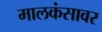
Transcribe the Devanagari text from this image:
मालकंसावर